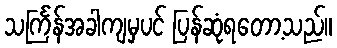
သင်္ကြန်အခါကျမှပင် ပြန်ဆုံရတော့သည်။